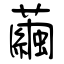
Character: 繭